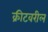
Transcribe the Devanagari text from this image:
क्रीटवरील